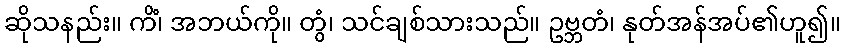
ဆိုသနည်း။ ကိံ၊ အဘယ်ကို။ တွံ၊ သင်ချစ်သားသည်။ ဥဗ္ဘတံ၊ နုတ်အန်အပ်၏ဟူ၍။